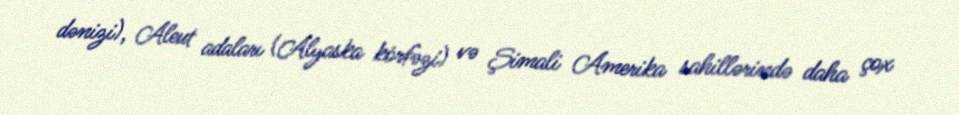
dənizi), Aleut adaları (Alyaska körfəzi) və Şimali Amerika sahillərində daha çox